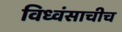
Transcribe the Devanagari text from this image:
विध्वंसाचीच